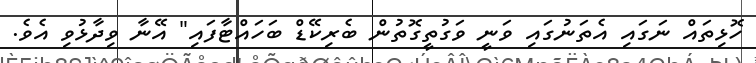
ހޮޅިތައް ނަގައި އެތަނުގައި ވަނީ ވަގުތީގޮތުން ބެރިކޭޑް ބަހައްޓާފައި" އޭނާ ވިދާޅުވި އެވެ.